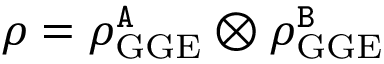
\rho = \rho _ { \mathrm { G G E } } ^ { \tt A } \otimes \rho _ { \mathrm { G G E } } ^ { \tt B }